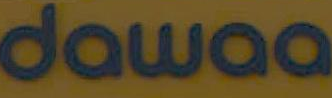
dawaa